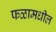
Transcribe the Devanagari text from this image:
फळामधील